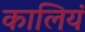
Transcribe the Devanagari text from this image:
कालियं